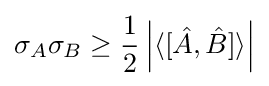
\sigma _{A}\sigma _{B}\geq {\frac {1}{2}}\left|\langle [{\hat {A}},{\hat {B}}]\rangle \right|